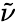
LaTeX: \tilde{\nu}